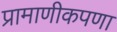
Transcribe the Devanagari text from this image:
प्रामाणीकपणा